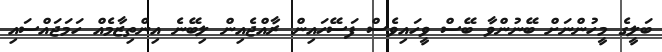
ބަލީގެ މީހުންނަށް ބޭނުންވާ ބޭސް ވީހައިވެސް ފަސޭހައިން ރާއްޖެއިން ލިބޭނެ އިންތިޒާމެއް ހަމަޖައްސައި